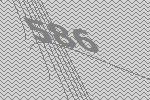
586